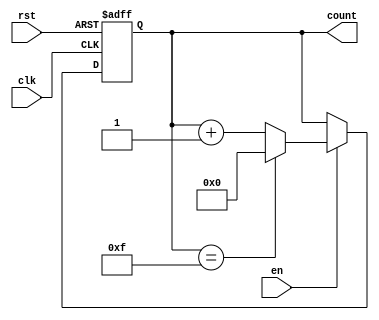
module memory_blocks_up_counter #(
    parameter WIDTH = 4  // Width of the counter (number of bits)
)(
    input wire clk,      // Clock signal
    input wire rst,      // Asynchronous reset signal
    input wire en,       // Enable signal
    output reg [WIDTH-1:0] count // Current count value
);

// Maximum count value based on the width
localparam MAX_COUNT = (1 << WIDTH) - 1; // 2^WIDTH - 1

// Always block for synchronous counting
always @(posedge clk or posedge rst) begin
    if (rst) begin
        count <= 0; // Reset the counter to zero
    end else if (en) begin
        if (count == MAX_COUNT) begin
            count <= 0; // Wrap around to zero
        end else begin
            count <= count + 1; // Increment the counter
        end
    end
end

endmodule